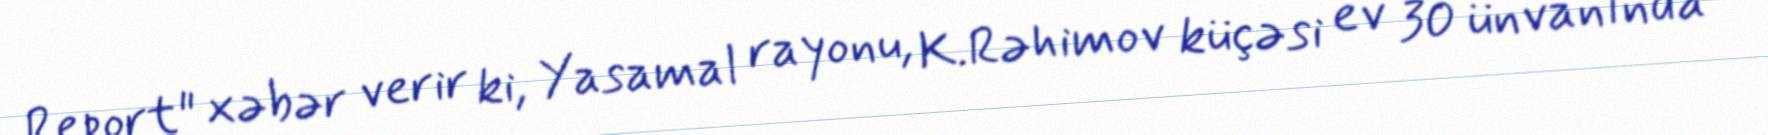
Report" xəbər verir ki, Yasamal rayonu, K.Rəhimov küçəsi ev 30 ünvanında